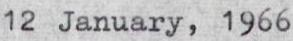
12 January, 1966